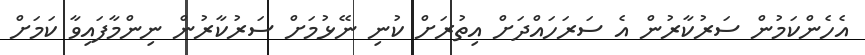
އެހެންކަމުން ސަރުކާރުން އެ ސަރަހައްދަށް އިތުރަށް ކުނި ނޭޅުމަށް ސަރުކާރުން ނިންމާފައިވާ ކަމަށް